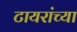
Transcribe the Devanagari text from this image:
टायरांच्या